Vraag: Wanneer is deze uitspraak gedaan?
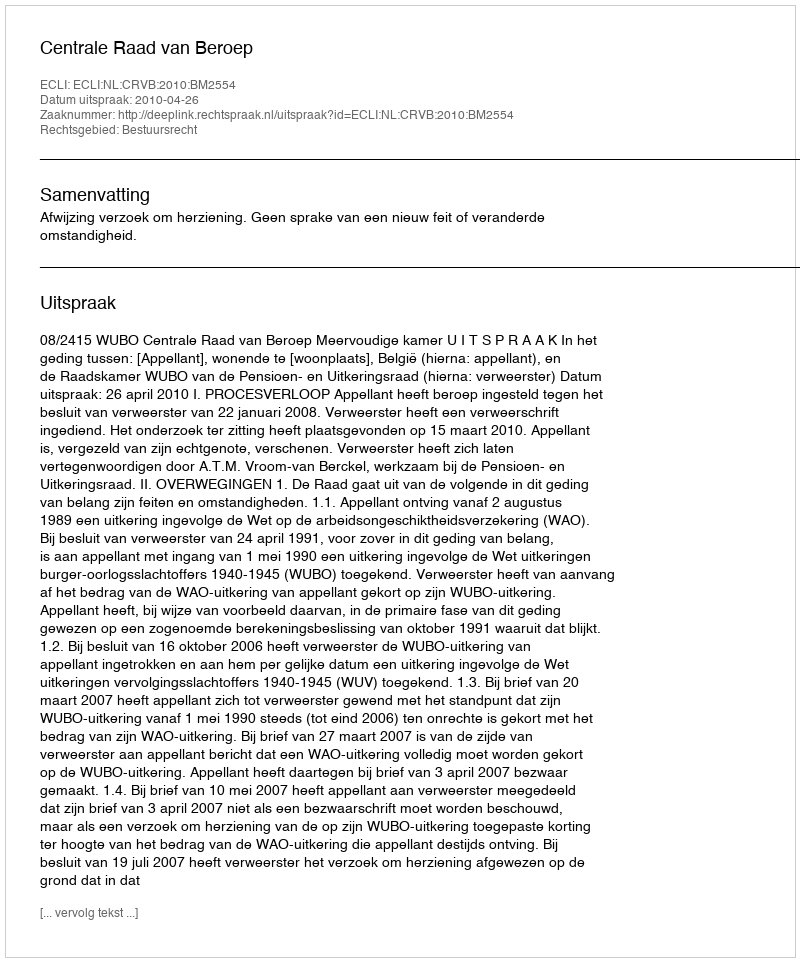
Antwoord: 2010-04-26